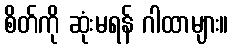
စိတ်ကို ဆုံးမရန် ဂါထာများ။